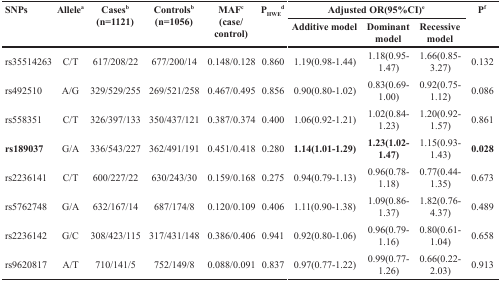
<table><thead><tr><td rowspan="2"><b>SNPs</b></td><td rowspan="2"><b>Allele<sup>a</sup></b></td><td rowspan="2"><b>Cases<sup>b</sup>(n=1121)</b></td><td rowspan="2"><b>Controls<sup>b</sup>(n=1056)</b></td><td rowspan="2"><b>MAF<sup>c</sup>(case/control)</b></td><td rowspan="2"><b>P<sub>HWE</sub><sup>d</sup></b></td><td colspan="3"><b>Adjusted OR(95%CI)<sup>e</sup></b></td><td rowspan="2"><b>P<sup>f</sup></b></td></tr><tr><td><b>Additive model</b></td><td><b>Dominant model</b></td><td><b>Recessive model</b></td></tr></thead><tbody><tr><td>rs35514263</td><td>C/T</td><td>617/208/22</td><td>677/200/14</td><td>0.148/0.128</td><td>0.860</td><td>1.19(0.98-1.44)</td><td>1.18(0.95-1.47)</td><td>1.66(0.85-3.27)</td><td>0.132</td></tr><tr><td>rs492510</td><td>A/G</td><td>329/529/255</td><td>269/521/258</td><td>0.467/0.495</td><td>0.856</td><td>0.90(0.80-1.02)</td><td>0.83(0.69-1.00)</td><td>0.92(0.75-1.12)</td><td>0.086</td></tr><tr><td>rs558351</td><td>C/T</td><td>326/397/133</td><td>350/437/121</td><td>0.387/0.374</td><td>0.400</td><td>1.06(0.92-1.21)</td><td>1.02(0.84-1.23)</td><td>1.20(0.92-1.57)</td><td>0.861</td></tr><tr><td><b>rs189037</b></td><td>G/A</td><td>336/543/227</td><td>362/491/191</td><td>0.451/0.418</td><td>0.280</td><td><b>1.14(1.01-1.29)</b></td><td><b>1.23(1.02-1.47)</b></td><td>1.15(0.93-1.43)</td><td><b>0.028</b></td></tr><tr><td>rs2236141</td><td>C/T</td><td>600/227/22</td><td>630/243/30</td><td>0.159/0.168</td><td>0.275</td><td>0.94(0.79-1.13)</td><td>0.96(0.78-1.18)</td><td>0.77(0.44-1.35)</td><td>0.673</td></tr><tr><td>rs5762748</td><td>G/A</td><td>632/167/14</td><td>687/174/8</td><td>0.120/0.109</td><td>0.406</td><td>1.11(0.90-1.38)</td><td>1.09(0.86-1.37)</td><td>1.82(0.76-4.37)</td><td>0.489</td></tr><tr><td>rs2236142</td><td>G/C</td><td>308/423/115</td><td>317/431/148</td><td>0.386/0.406</td><td>0.941</td><td>0.92(0.80-1.06)</td><td>0.96(0.79-1.16)</td><td>0.80(0.61-1.04)</td><td>0.658</td></tr><tr><td>rs9620817</td><td>A/T</td><td>710/141/5</td><td>752/149/8</td><td>0.088/0.091</td><td>0.837</td><td>0.97(0.77-1.22)</td><td>0.99(0.77-1.26)</td><td>0.66(0.22-2.03)</td><td>0.913</td></tr></tbody></table>